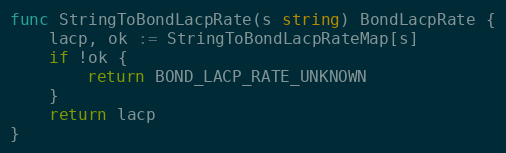
Language: Go
func StringToBondLacpRate(s string) BondLacpRate {
	lacp, ok := StringToBondLacpRateMap[s]
	if !ok {
		return BOND_LACP_RATE_UNKNOWN
	}
	return lacp
}